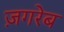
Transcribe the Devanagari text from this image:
ज़गरेब